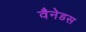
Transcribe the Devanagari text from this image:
वैनेडस